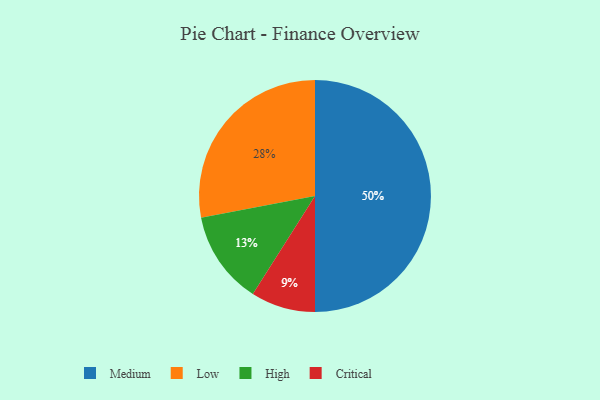
{"axis": {"x": "Category", "y": "Percentage"}, "legend": ["Critical", "High", "Low", "Medium"], "data": [{"x": "Critical", "y": 9, "type": "Critical"}, {"x": "Medium", "y": 50, "type": "Medium"}, {"x": "Low", "y": 28, "type": "Low"}, {"x": "High", "y": 13, "type": "High"}]}